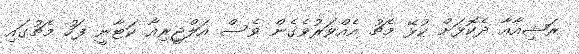
ރަޝިއާއާ ދެކޮޅަށް ކުޅޭ މެޗު އެއްވަރުވެގެން ވެސް އަލްޖީރިއާ ކަޓާނީ ފަހު މެޗުގައި